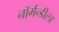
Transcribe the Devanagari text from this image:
नॉर्मन्डीला